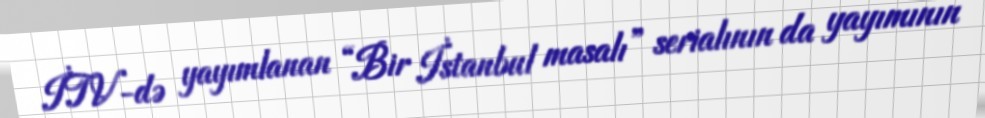
İTV-də yayımlanan “Bir İstanbul masalı” serialının da yayımının